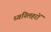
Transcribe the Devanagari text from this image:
ध्वनिलहरों